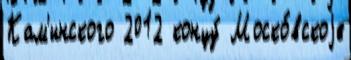
Кам'инского 2012 концу́ Моско́вскоjе